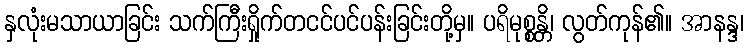
နှလုံးမသာယာခြင်း သက်ကြီးရှိုက်တငင်ပင်ပန်းခြင်းတို့မှ။ ပရိမုစ္စန္တိ၊ လွတ်ကုန်၏။ အာနန္ဒ၊